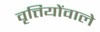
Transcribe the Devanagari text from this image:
वृत्तियोंवाले